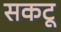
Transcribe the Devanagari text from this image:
सकटू